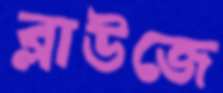
ব্লাউজে